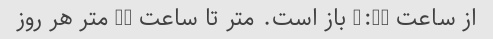
از ساعت 6:30 باز است. متر تا ساعت 10 متر هر روز